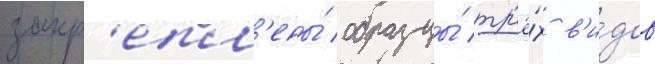
закр'епл'ены́ образцы́ тр'ё́х в'и́дов